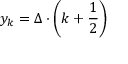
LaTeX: y _ { k } = \Delta \cdot \left( k + { \frac { 1 } { 2 } } \right)